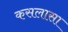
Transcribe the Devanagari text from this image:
कसलासा